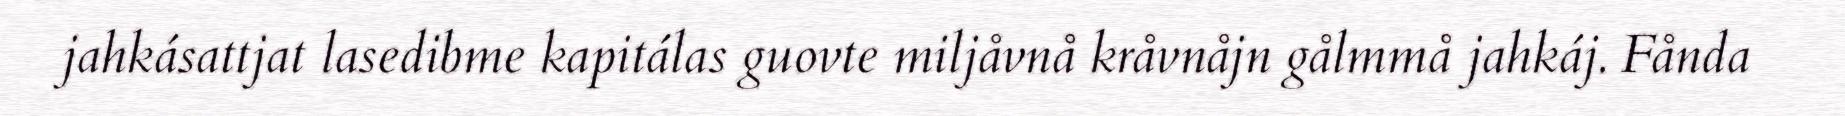
jahkásattjat lasedibme kapitálas guovte miljåvnå kråvnåjn gålmmå jahkáj. Fånda